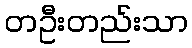
တဦးတည်းသာ